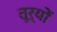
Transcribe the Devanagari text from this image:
तूर्यों